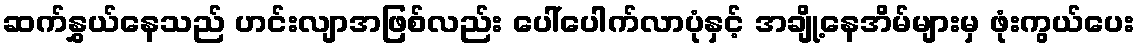
ဆက်နွှယ်နေသည် ဟင်းလျာအဖြစ်လည်း ပေါ်ပေါက်လာပုံနှင့် အချို့နေအိမ်များမှ ဖုံးကွယ်ပေး